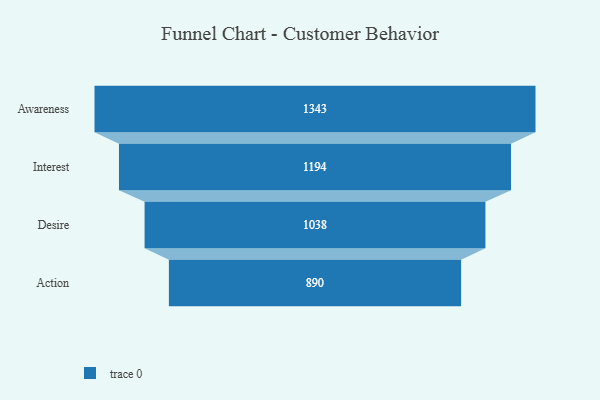
{"axis": {"x": "Stage", "y": "Value"}, "legend": [""], "data": [{"x": "Awareness", "y": 1343.0, "type": ""}, {"x": "Interest", "y": 1194.0, "type": ""}, {"x": "Desire", "y": 1038.0, "type": ""}, {"x": "Action", "y": 890.0, "type": ""}]}